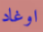
اوغاد